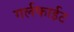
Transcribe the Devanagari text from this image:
गर्लफाईट